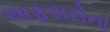
અફસરોના